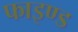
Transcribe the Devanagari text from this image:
फाइण्ड